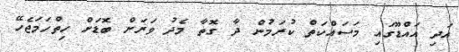
އަދި އައްޑޫގައި މަސައްކަތް ކުރަމުން ދާ ގޮތާ މެދު ވަރަށް ބޮޑަށް ހިތްހަމަޖެހޭ